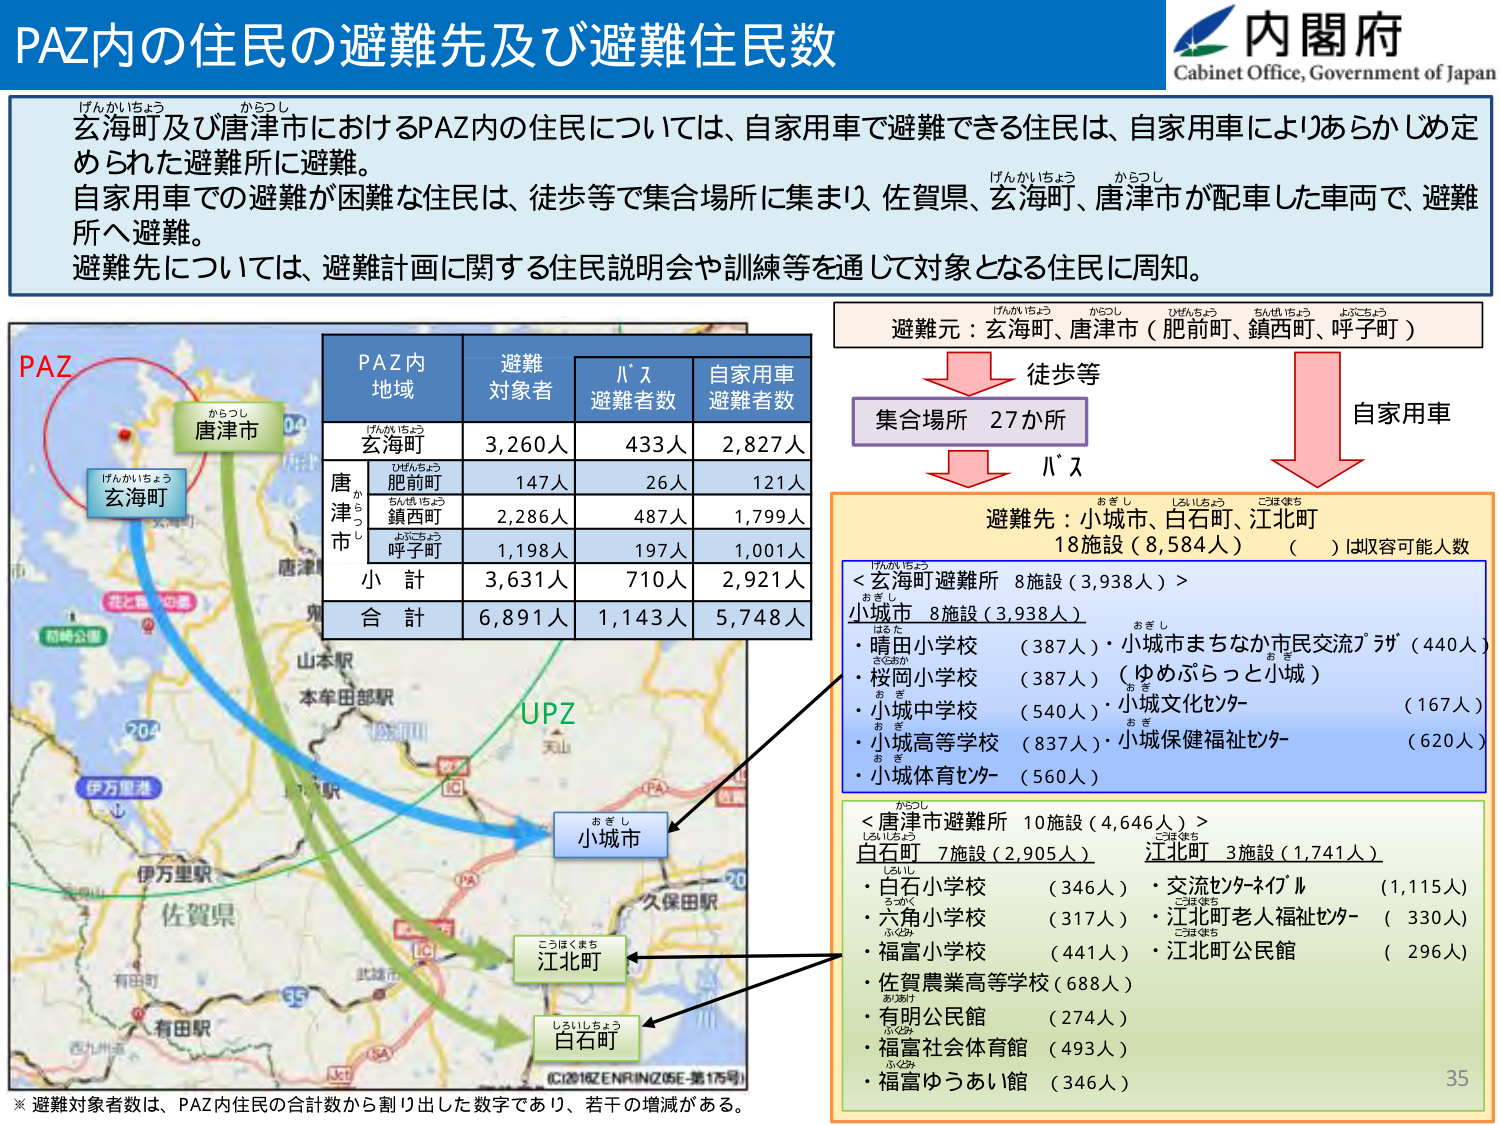
PAZ内の住民の避難先及び避難住民数
内閣府
Cabinet Office, Government of Japan

げんかいちょう からつし
玄海町及び唐津市におけるPAZ内の住民については、自家用車で避難できる住民は、自家用車によりあらかじめ定められた避難所に避難。
自家用車での避難が困難な住民は、徒歩等で集合場所に集まり、佐賀県、玄海町、唐津市が配車した車両で、避難所へ避難。
避難先については、避難計画に関する住民説明会や訓練等を通じて対象となる住民に周知。

PAZ
げんかいちょう
玄海町
からつし
唐津市
UPZ
おきし
小城市
こほくまち
江北町
しろいしちょう
白石町

PAZ内
地域
避難
対象者
バス
避難者数
自家用車
避難者数
げんかいちょう
玄海町
3,260人
433人
2,827人
からつし
唐津市
ひまんちょう
肥前町
147人
26人
121人
ちんぜいちょう
鎮西町
2,286人
487人
1,799人
よぶちょう
呼子町
1,198人
197人
1,001人
小 計
3,631人
710人
2,921人
合 計
6,891人
1,143人
5,748人

げんかいちょう からつし ひまんちょう ちんぜいちょう よぶちょう
避難元：玄海町、唐津市（肥前町、鎮西町、呼子町）
徒歩等
集合場所 27か所
バス
自家用車

おきし しきいちょう こほくまち
避難先：小城市、白石町、江北町
18施設（8,584人） （ ）は収容可能人数

げんかいちょう
＜玄海町避難所 8施設（3,938人）＞
おきし
小城市 8施設（3,938人）
はるた
・晴田小学校 （387人）・小城市まちなか市民交流プラザ（440人）
さくおか
・桜岡小学校 （387人）（ゆめぷらっと小城）
おき
・小城中学校 （540人）・小城文化センター （167人）
おき
・小城高等学校 （837人）・小城保健福祉センター （620人）
おき
・小城体育センター （560人）

からつし
＜唐津市避難所 10施設（4,646人）＞
しきいちょう
白石町 7施設（2,905人）
こほくまち
江北町 3施設（1,741人）
しろいし
・白石小学校 （346人）
・交流センターネイブル （1,115人）
ろっく
・六角小学校 （317人）
・江北町老人福祉センター （330人）
ふくみ
・福富小学校 （441人）
・江北町公民館 （296人）
あしおけ
・佐賀農業高等学校（688人）
あおけ
・有明公民館 （274人）
ふくみ
・福富社会体育館 （493人）
ふくみ
・福富ゆうあい館 （346人）

※ 避難対象者数は、PAZ内住民の合計数から割り出した数字であり、若干の増減がある。
35